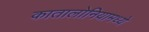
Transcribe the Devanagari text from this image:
कातालोनियामध्ये